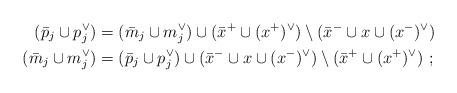
LaTeX: \begin{align*} ({\bar p_j} \cup p_j^{\vee}) & = ({\bar m_j} \cup m_j^{\vee}) \cup ({\bar x}^+ \cup (x^{+})^\vee) \setminus ({\bar x}^- \cup x \cup (x^{-})^\vee ) \\({\bar m_j} \cup m_j^{\vee}) &= ({\bar p_j} \cup p_j^{\vee}) \cup ({\bar x}^- \cup x \cup (x^{-})^\vee) \setminus ({\bar x}^+ \cup (x^{+})^\vee)\rlap{ ;} \end{align*}